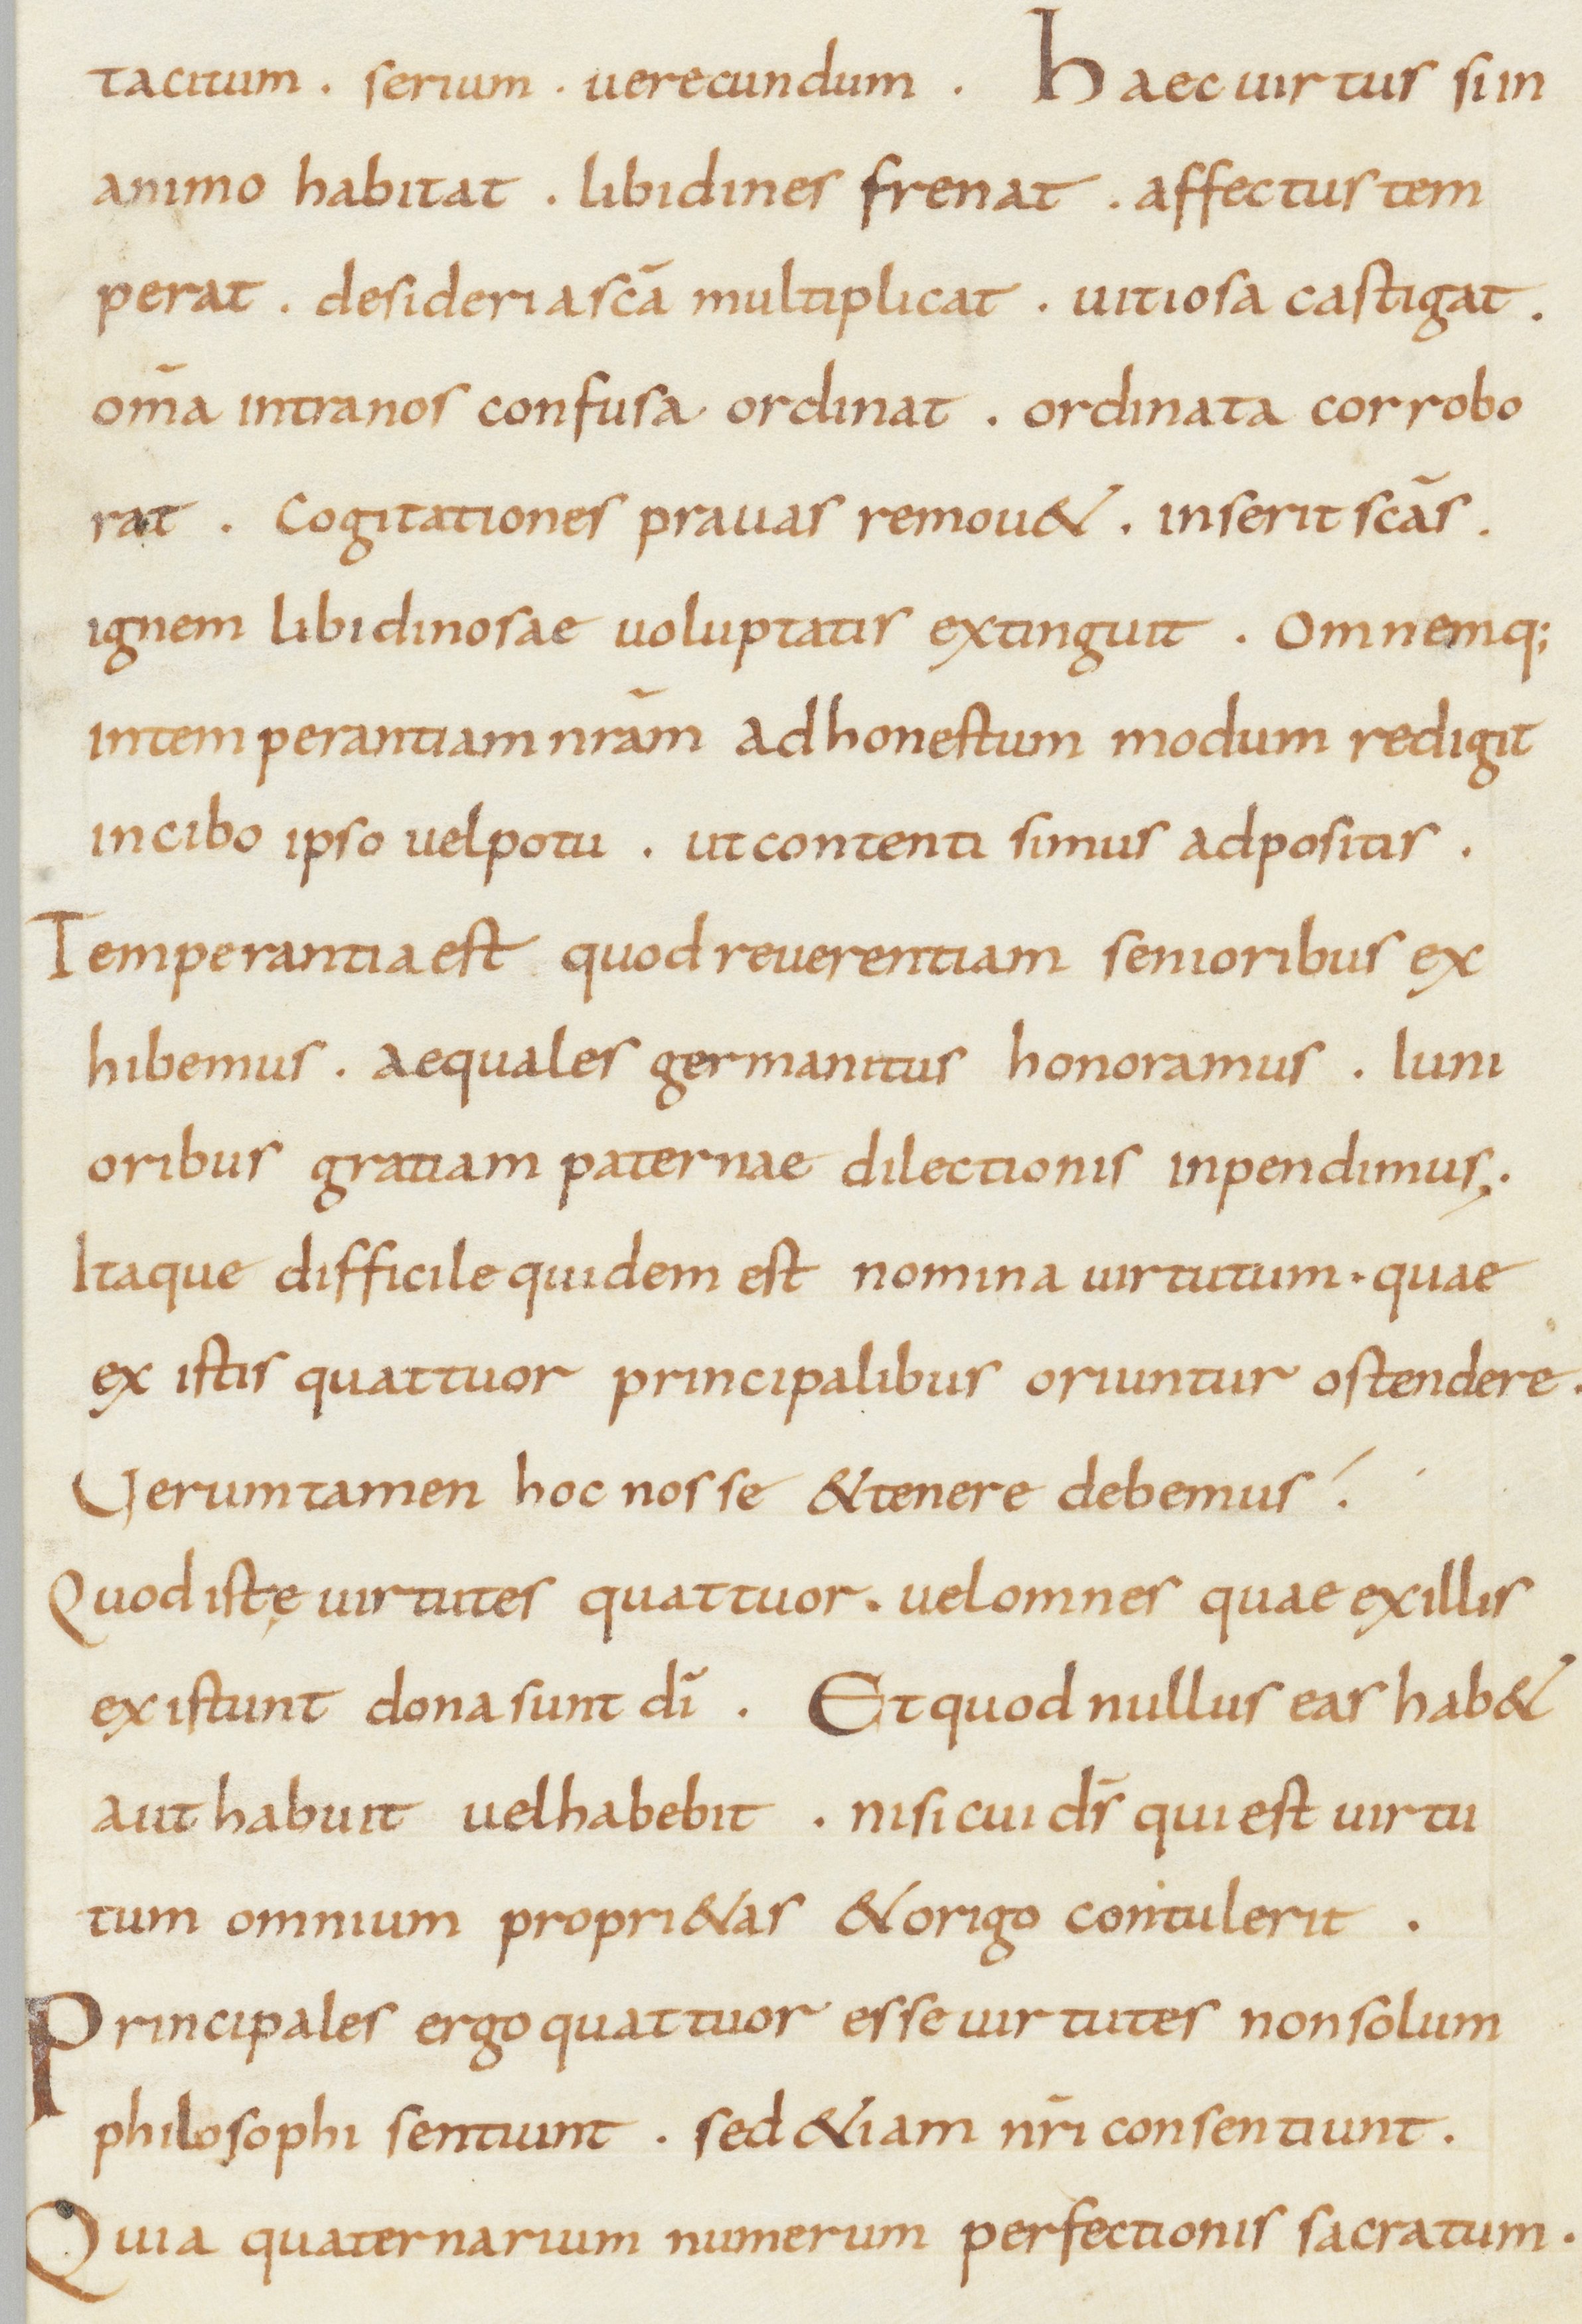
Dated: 800–899